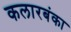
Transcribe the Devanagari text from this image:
कलारबंका